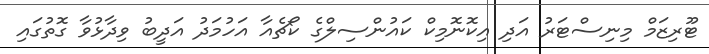
ޓޫރިޒަމް މިނިސްޓަރު އަދި އިކޮނޮމިކް ކައުންސިލްގެ ކޯޗެއާ އަހުމަދު އަދީބު ވިދާޅުވާ ގޮތުގައި